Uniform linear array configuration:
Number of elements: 64
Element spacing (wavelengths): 0.25
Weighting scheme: uniform
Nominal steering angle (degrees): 0
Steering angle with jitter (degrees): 0.181
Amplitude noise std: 0.05
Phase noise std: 0.05

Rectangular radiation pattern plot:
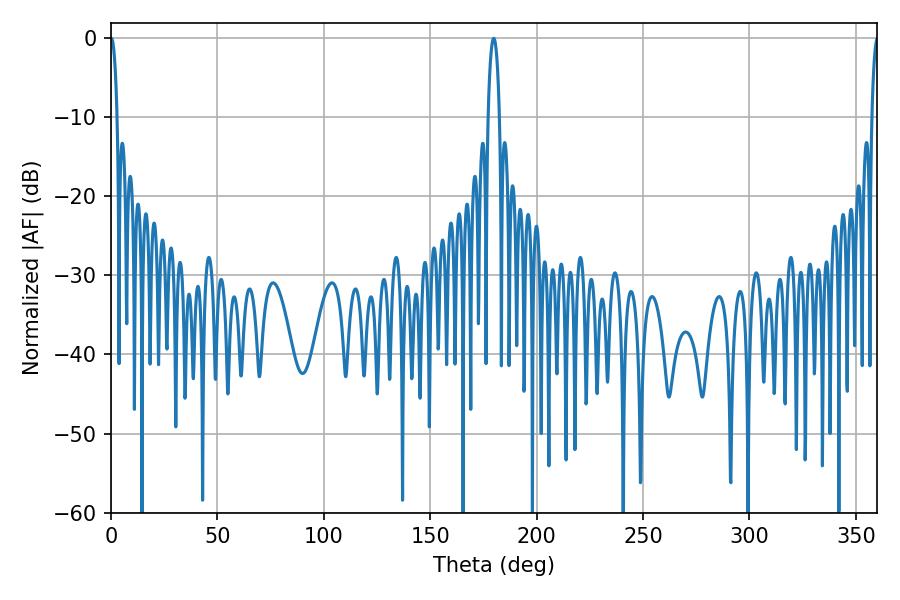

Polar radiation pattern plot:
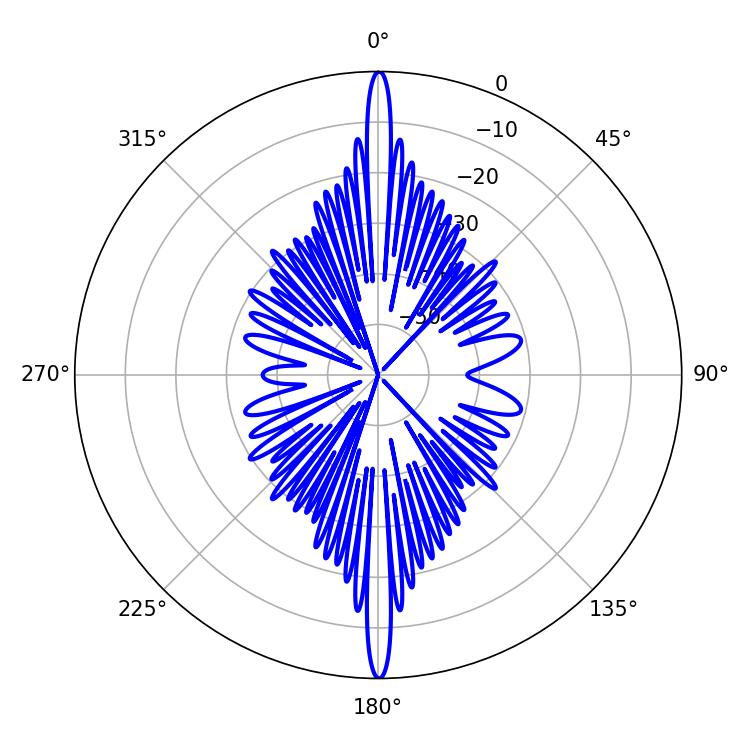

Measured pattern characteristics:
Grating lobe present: FALSE
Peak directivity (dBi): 35.245
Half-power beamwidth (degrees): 1.62
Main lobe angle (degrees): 0.18